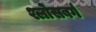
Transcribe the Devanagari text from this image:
श्लोसबर्ग